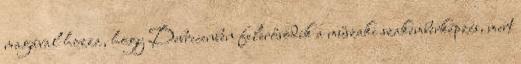
magával hozza, hogy Debrecenben felerősödik a műszaki szakemberképzés, mert